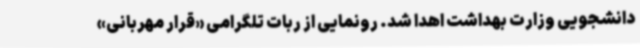
دانشجویی وزارت بهداشت اهدا شد. رونمایی از ربات تلگرامی «قرار مهربانی»